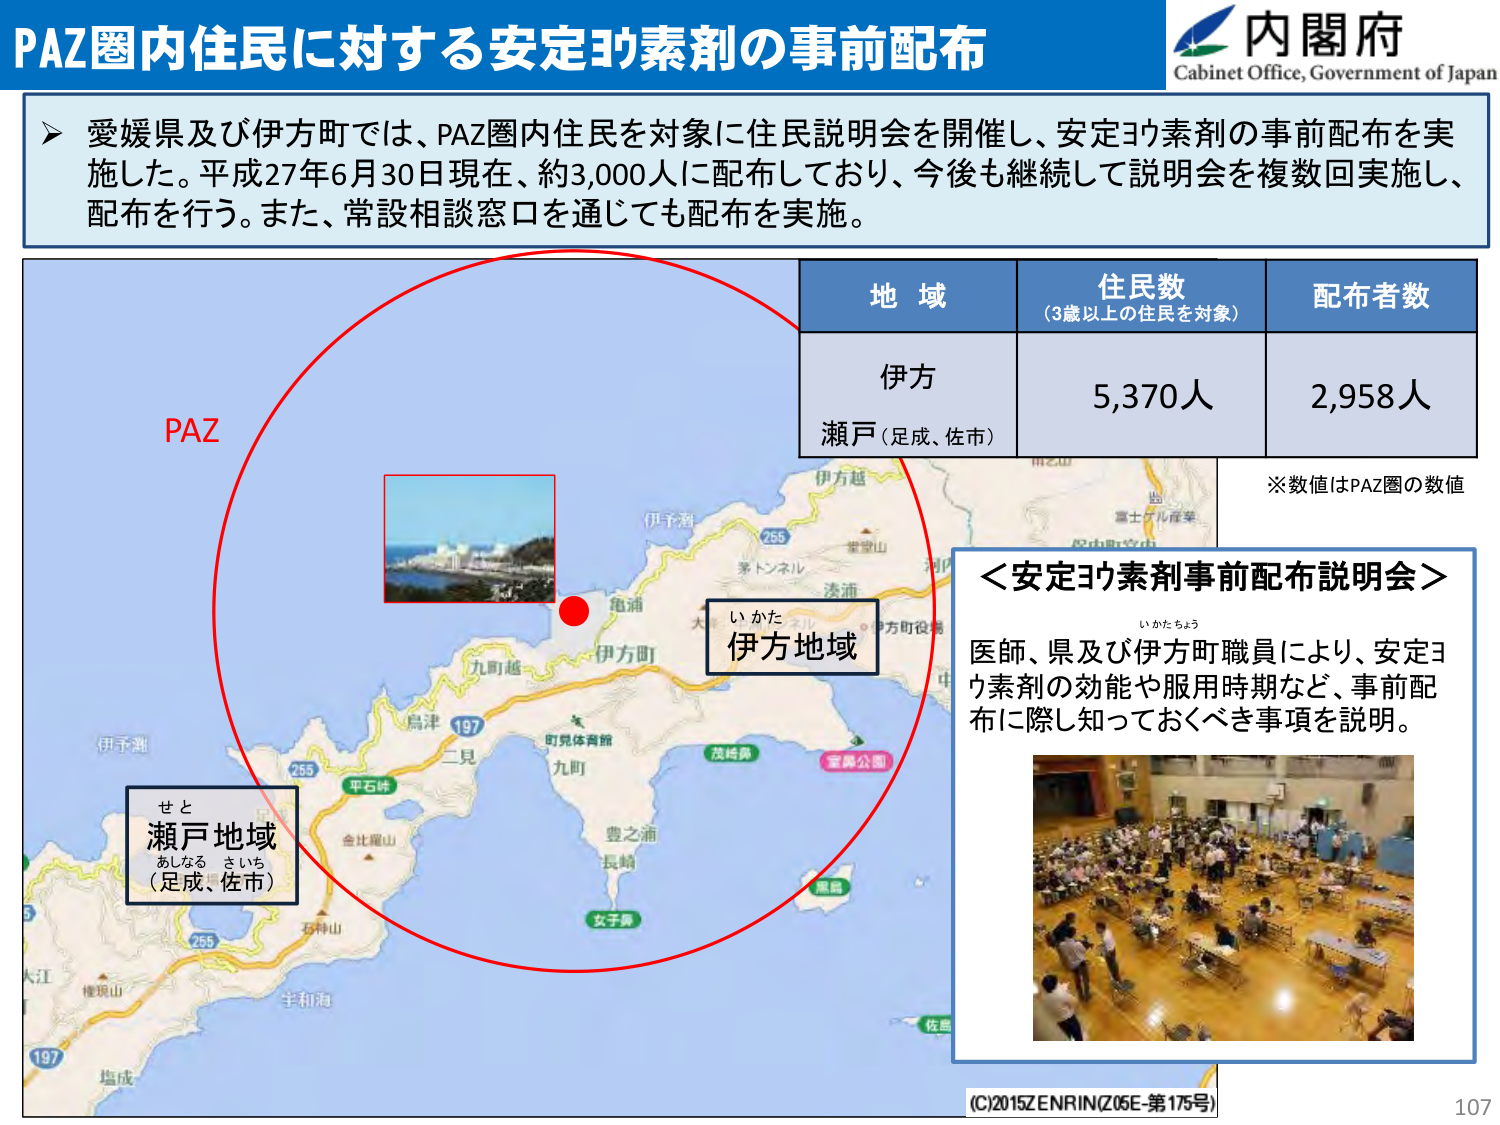
PAZ圏内住民に対する安定ヨウ素剤の事前配布
内閣府
Cabinet Office, Government of Japan

▶ 愛媛県及び伊方町では、PAZ圏内住民を対象に住民説明会を開催し、安定ヨウ素剤の事前配布を実施した。平成27年6月30日現在、約3,000人に配布しており、今後も継続して説明会を複数回実施し、配布を行う。また、常設相談窓口を通じても配布を実施。

地 域
（3歳以上の住民を対象）
配布者数

伊方
5,370人
2,958人

瀬戸（足成、佐市）

※数値はPAZ圏の数値

PAZ
伊方地域
い かた

瀬戸地域
（足成、佐市）
せと
あしなる さいち

＜安定ヨウ素剤事前配布説明会＞
い かた ちょう
医師、県及び伊方町職員により、安定ヨウ素剤の効能や服用時期など、事前配布に際し知っておくべき事項を説明。

(C)2015ZENRIN(Z05E-第175号)
107